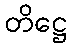
တိဋ္ဌေ